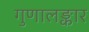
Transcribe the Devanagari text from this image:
गुणालङ्कार